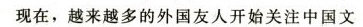
现在,越来越多的外国友人开始关注中国文